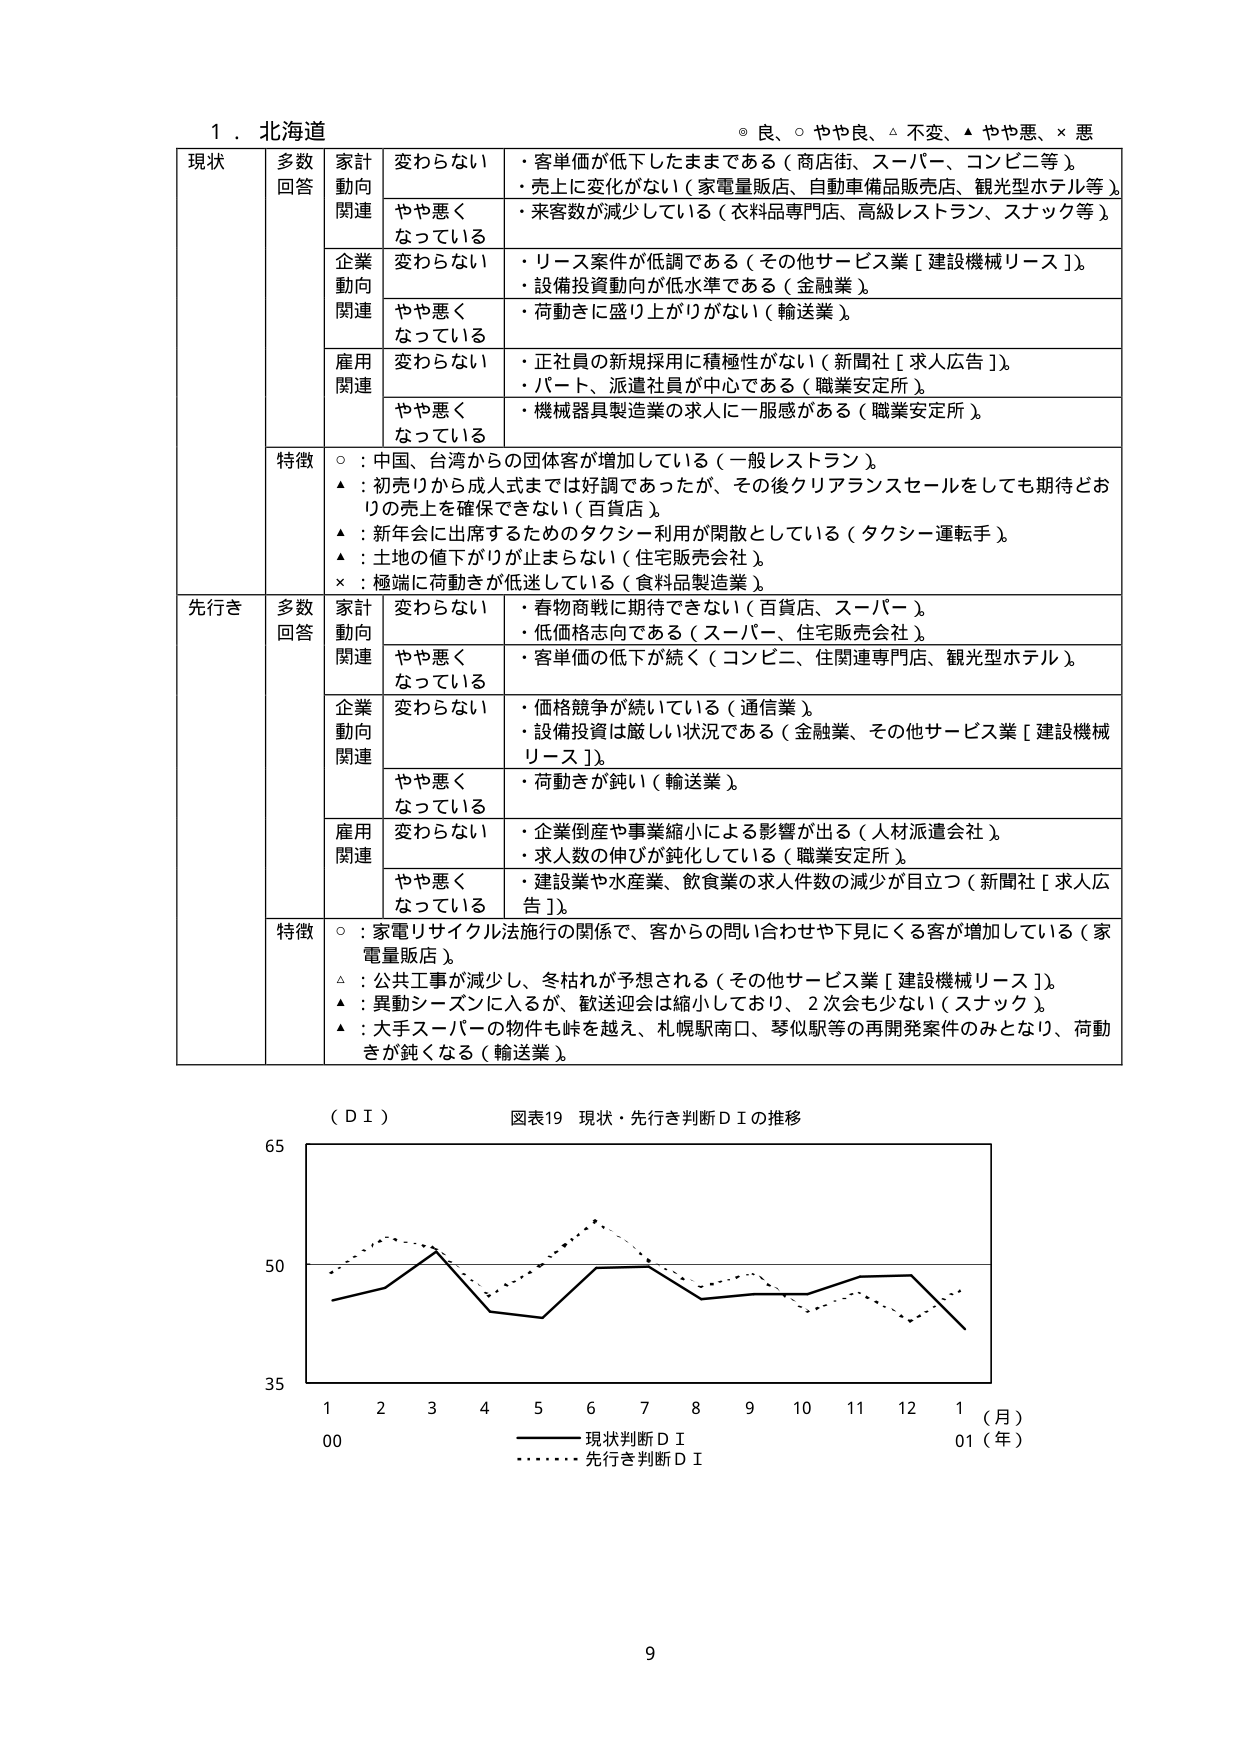
1．北海道

◎ 良、○ やや良、△ 不変、▲ やや悪、× 悪

現状
多数回答
家計動向関連
変わらない
・客単価が低下したままである（商店街、スーパー、コンビニ等）。
・売上に変化がない（家電量販店、自動車備品販売店、観光型ホテル等）。
やや悪くなっている
・来客数が減少している（衣料品専門店、高級レストラン、スナック等）。

企業動向関連
変わらない
・リース案件が低調である（その他サービス業［建設機械リース］）。
・設備投資動向が低水準である（金融業）。
やや悪くなっている
・荷動きに盛り上がりがない（輸送業）。

雇用関連
変わらない
・正社員の新規採用に積極性がない（新聞社［求人広告］）。
・パート、派遣社員が中心である（職業安定所）。
やや悪くなっている
・機械器具製造業の求人に一服感がある（職業安定所）。

特徴
○：中国、台湾からの団体客が増加している（一般レストラン）。
▲：初売りから成人式までは好調であったが、その後クリアランスセールをしても期待どおりの売上を確保できない（百貨店）。
▲：新年会に出席するためのタクシー利用が閑散としている（タクシー運転手）。
▲：土地の値下がりが止まらない（住宅販売会社）。
×：極端に荷動きが低迷している（食料品製造業）。

先行き
多数回答
家計動向関連
変わらない
・春物商戦に期待できない（百貨店、スーパー）。
・低価格志向である（スーパー、住宅販売会社）。
やや悪くなっている
・客単価の低下が続く（コンビニ、住関連専門店、観光型ホテル）。

企業動向関連
変わらない
・価格競争が続いている（通信業）。
・設備投資は厳しい状況である（金融業、その他サービス業［建設機械リース］）。
やや悪くなっている
・荷動きが鈍い（輸送業）。

雇用関連
変わらない
・企業倒産や事業縮小による影響が出る（人材派遣会社）。
・求人数の伸びが鈍化している（職業安定所）。
やや悪くなっている
・建設業や水産業、飲食業の求人件数の減少が目立つ（新聞社［求人広告］）。

特徴
○：家電リサイクル法施行の関係で、客からの問い合わせや下見にくる客が増加している（家電量販店）。
△：公共工事が減少し、冬枯れが予想される（その他サービス業［建設機械リース］）。
▲：異動シーズンに入るが、歓送迎会は縮小しており、2次会も少ない（スナック）。
▲：大手スーパーの物件も峠を越え、札幌駅南口、琴似駅等の再開発案件のみとなり、荷動きが鈍くなる（輸送業）。

（ＤＩ）
図表19 現状・先行き判断ＤＩの推移

65
50
35
1 2 3 4 5 6 7 8 9 10 11 12 1（月）
00 01（年）
―――― 現状判断ＤＩ
・・・・・・ 先行き判断ＤＩ

9